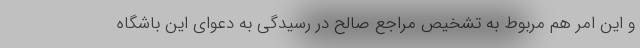
و این امر هم مربوط به تشخیص مراجع صالح در رسیدگی به دعوای این باشگاه